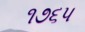
૧૭૬૫